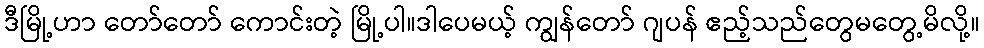
ဒီမြို့ဟာ တော်တော် ကောင်းတဲ့ မြို့ပါ။ဒါပေမယ့် ကျွန်တော် ဂျပန် ဧည့်သည်တွေမတွေ့မိလို့။